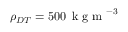
\rho _ { D T } = 5 0 0 \, \mathrm { ~ k ~ g ~ m ~ } ^ { - 3 }